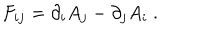
LaTeX: F _ { i j } = \partial _ { i } A _ { j } - \partial _ { j } A _ { i } \ .